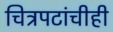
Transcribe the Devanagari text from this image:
चित्रपटांचीही